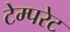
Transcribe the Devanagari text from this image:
टेम्‍परेट